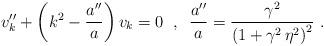
LaTeX: \begin{align*}v_k'' + \left( k^2 - \frac{a''}{a} \right) v_k = 0 \;\;,\;\; \frac{a''}{a} = \frac{\gamma^2}{\left( 1 + \gamma^2 \, \eta^2 \right)^2} \,\,.\end{align*}